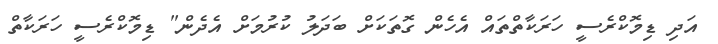
އަދި ޑިމޮކްރެސީ ހަރަކާތްތައް އެހެން ގޮތަކަށް ބަދަލު ކުރުމަށް އެދެން" ޑިމޮކްރެސީ ހަރަކާތް